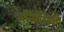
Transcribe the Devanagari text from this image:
मत्यिसिकी